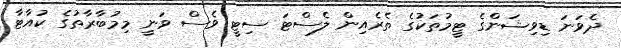
ދެވަނަ ޑިވިޝަންގެ ޓީމުތަކުގެ ތެރެއިން ލެސްޓަ ސިޓީ ވެސް ވަނީ މިމުބާރާތުގެ ކުއާޓާ